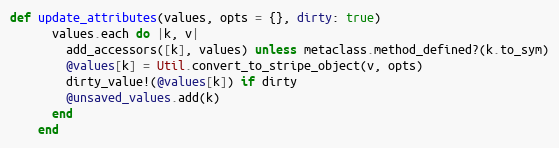
Language: Ruby
def update_attributes(values, opts = {}, dirty: true)
      values.each do |k, v|
        add_accessors([k], values) unless metaclass.method_defined?(k.to_sym)
        @values[k] = Util.convert_to_stripe_object(v, opts)
        dirty_value!(@values[k]) if dirty
        @unsaved_values.add(k)
      end
    end